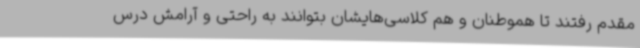
مقدم رفتند تا هموطنان و هم کلاسی‌هایشان بتوانند به راحتی و آرامش درس